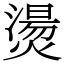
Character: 燙